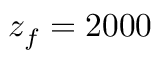
z _ { f } = 2 0 0 0